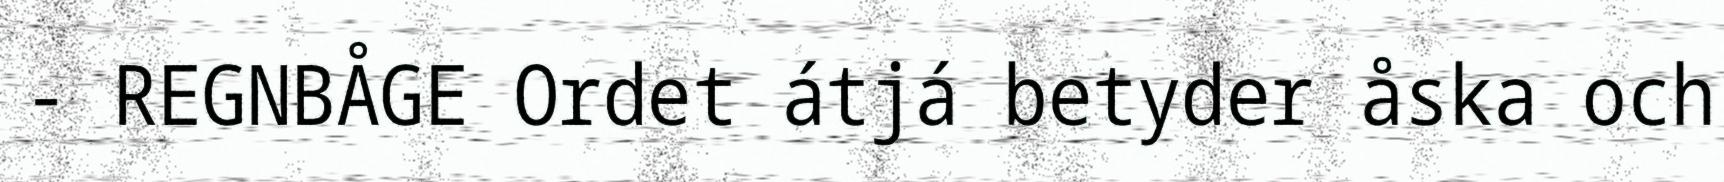
- REGNBÅGE Ordet átjá betyder åska och